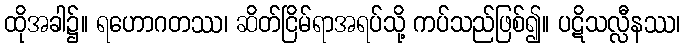
ထိုအခါ၌။ ရဟောဂတဿ၊ ဆိတ်ငြိမ်ရာအရပ်သို့ ကပ်သည်ဖြစ်၍။ ပဋိသလ္လီနဿ၊